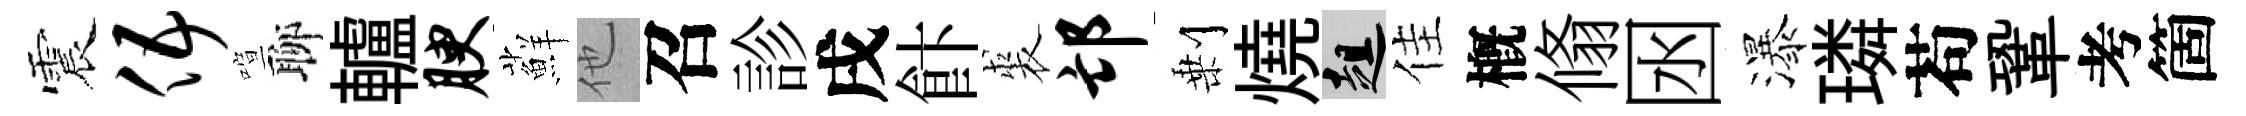
震伍喧聊轤腴蘚他召診戌飰裘邙剰燒趄佳槪翛囦瀑璘苟鞏考箇